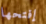
إفتحها